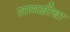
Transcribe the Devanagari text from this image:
सामग्रीचा